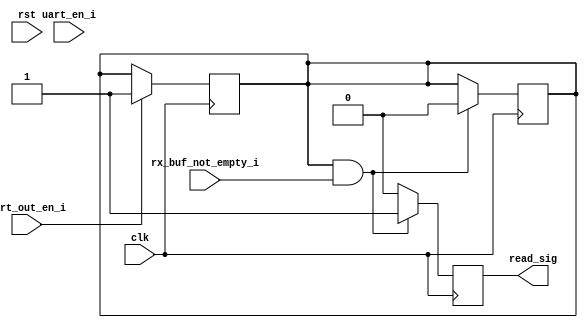
`timescale 1ns / 1ps
//////////////////////////////////////////////////////////////////////////////////
// Company: 
// Engineer: 
// 
// Design Name: 
// Module Name: uart_out_ctrl
// Project Name: 
// Target Devices: 
// Tool Versions: 
// Description: 
// 
// Dependencies: 
// 
// Revision:
// Revision 0.01 - File Created
// Additional Comments:
// 
//////////////////////////////////////////////////////////////////////////////////


module read_ctrl(
    input wire clk,
    input wire rst,
    
    input wire uart_en_i,
    input wire uart_out_en_i,
    input wire rx_buf_not_empty_i,
    
    output reg read_sig
    );
    
    reg uart_out_en;
    
    always @( posedge clk)
        if (uart_out_en_i == 1'b1) begin
            uart_out_en <= 1'b1;
        end
    
    always @( posedge clk )
        if ( (uart_out_en == 1'b1) && (rx_buf_not_empty_i == 1'b1) ) begin
            read_sig <= 1'b1;
            uart_out_en <= 1'b0;
        end
        else
            read_sig <= 1'b0; 
    endmodule